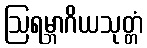
ဩရမ္ဘာဂိယသုတ္တံ